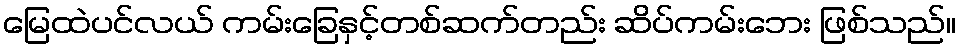
မြေထဲပင်လယ် ကမ်းခြေနှင့်တစ်ဆက်တည်း ဆိပ်ကမ်းဘေး ဖြစ်သည်။